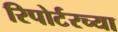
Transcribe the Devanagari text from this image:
रिपोर्टरच्या